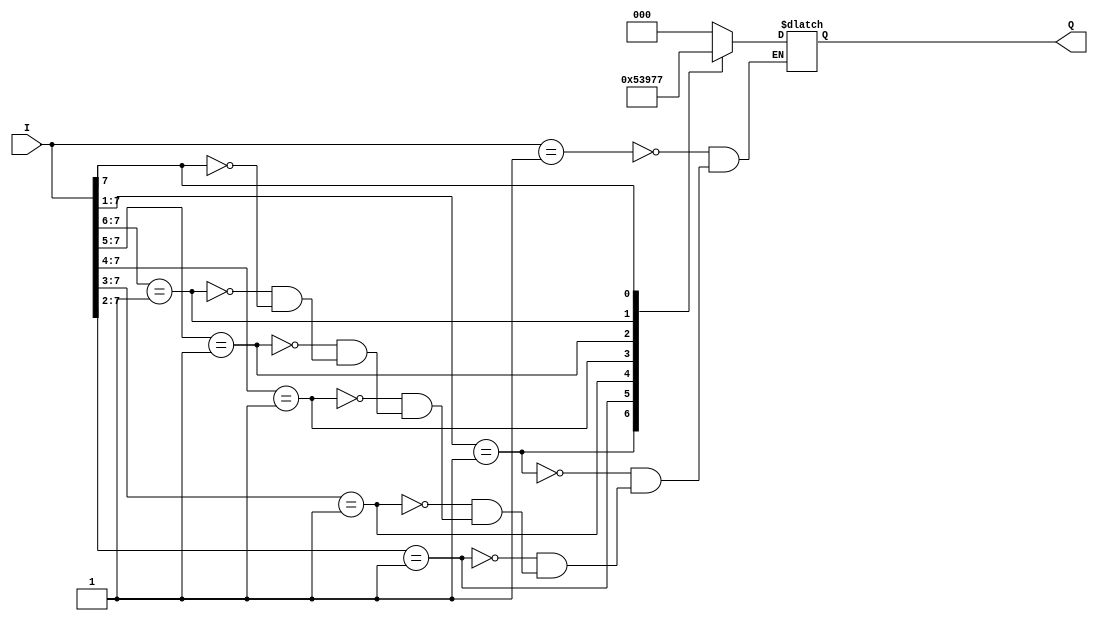
`timescale 1ns / 1ps
//////////////////////////////////////////////////////////////////////////////////
// Company: 
// Engineer: 
// 
// Design Name: 
// Module Name: Priority_Encoder
// Project Name: 
// Target Devices: 
// Tool Versions: 
// Description: 
// 
// Dependencies: 
// 
// Revision:
// Revision 0.01 - File Created
// Additional Comments:
// 
//////////////////////////////////////////////////////////////////////////////////


module Priority_Encoder(Q,I);

output reg [2:0] Q;
input [7:0] I;

always@(I)
begin
casex(I)
8'b00000001: Q=3'b000;
8'b0000001x: Q=3'b001;
8'b000001xx: Q=3'b010;
8'b00001xxx: Q=3'b011;
8'b0001xxxx: Q=3'b100;
8'b001xxxxx: Q=3'b101;
8'b01xxxxxx: Q=3'b110;
8'b1xxxxxxx: Q=3'b111;
default : $display("Error!");
endcase
end
endmodule